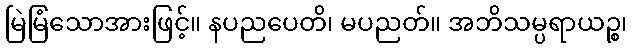
မြဲမြံသောအားဖြင့်။ နပညပေတိ၊ မပညတ်။ အဘိသမ္ပရာယဉ္စ၊